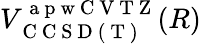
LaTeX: V_{\mathrm{~C~C~S~D~(~T~)~}}^{\mathrm{~a~p~w~C~V~T~Z~}}(R)